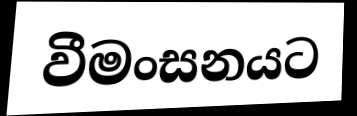
වීමංසනයට